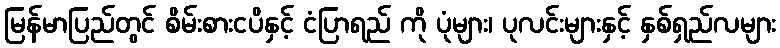
မြန်မာပြည်တွင် စိမ်းစားငပိနှင့် ငံပြာရည် ကို ပုံများ၊ ပုလင်းများနှင့် နှစ်ရှည်လများ